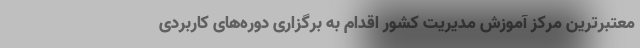
معتبرترین مرکز آموزش مدیریت کشور اقدام به برگزاری دوره‌های کاربردی